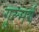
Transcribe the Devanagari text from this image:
गुल्मर्ग